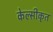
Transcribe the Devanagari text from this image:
केल्सीकृत